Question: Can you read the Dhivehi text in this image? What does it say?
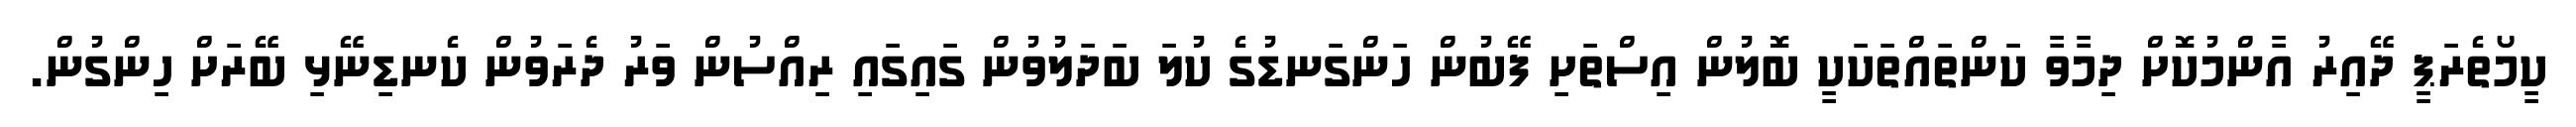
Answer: ކީމޯތެރަޕީ ދޭއިރު އާންމުކޮށް ދިމާވާ ކަންތައްތަކަކީ ބޮލުން އިސްތަށި ފޭބުން ހަންގަނޑުގެ ކުލަ ބަދަލުވުން ގައިގައި ރިއްސުން ވަރު ދެރަވުން ކެނޑިނޭޅި ބޭރަށް ހިންގުން.